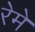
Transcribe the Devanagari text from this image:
रेमे